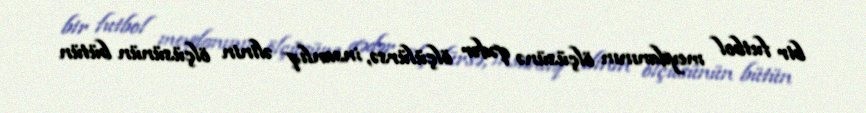
bir futbol meydanının ölçüsünə qədər ölçülürsə, insanlıq əlinin ölçüsünün bütün